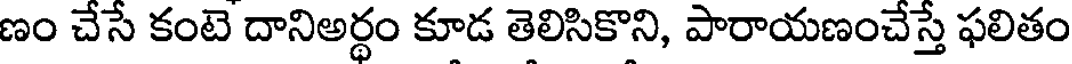
ణం చేసే కంటె దానిఅర్థం కూడ తెలిసికొని, పారాయణంచేస్తే ఫలితం